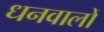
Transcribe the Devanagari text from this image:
धनवालों